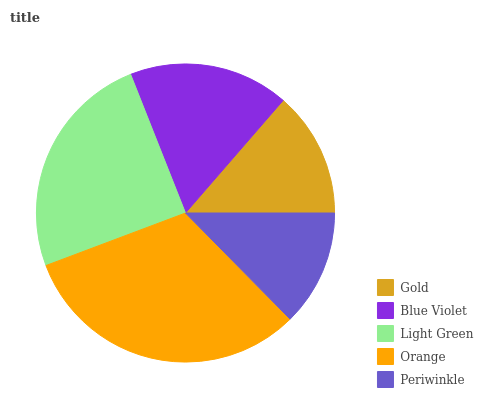
| Gold | Blue Violet | Light Green | Orange | Periwinkle |
 | --- | --- | --- | --- | --- |
 | 13.6% | 17.4% | 24.7% | 31.7% | 12.6% |